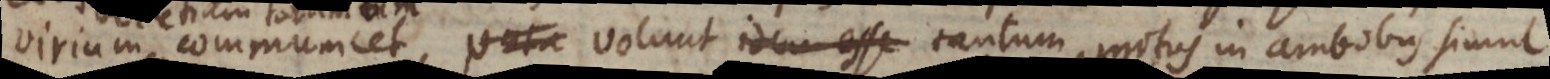
virium communicet, volunt idem esse tantum motus in ambobus simul